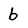
Character: b